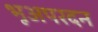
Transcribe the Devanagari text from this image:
भूअपरदन